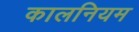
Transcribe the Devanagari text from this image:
कालनियम